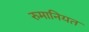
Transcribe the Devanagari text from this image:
रुमानियत